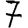
Digit: 7